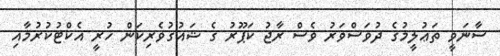
ސާނަވީ ތަޢުލީމުގެ ދުވަސްވަރު ވެސް ރާޖު ކަޕޫރު ގެ ޝައުގުވެރިކަން ހުރީ އެކްޓުކުރުމާއި